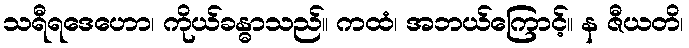
သရီရဒေဟော၊ ကိုယ်ခန္ဓာသည်။ ကထံ၊ အဘယ်ကြောင့်။ န ဇီယတိ၊